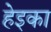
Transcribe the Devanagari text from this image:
हेइका